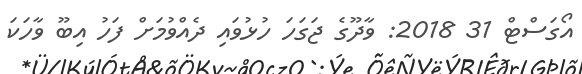
އޯގަސްޓް 31 2018: ވާދޫގެ ޖަގަހަ ހުޅުވައި ދެއްވުމަށް ފަހު އިބޫ ވާހަކަ